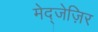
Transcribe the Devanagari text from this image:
मेद्जेज़िर